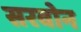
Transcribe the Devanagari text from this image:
सरवोन